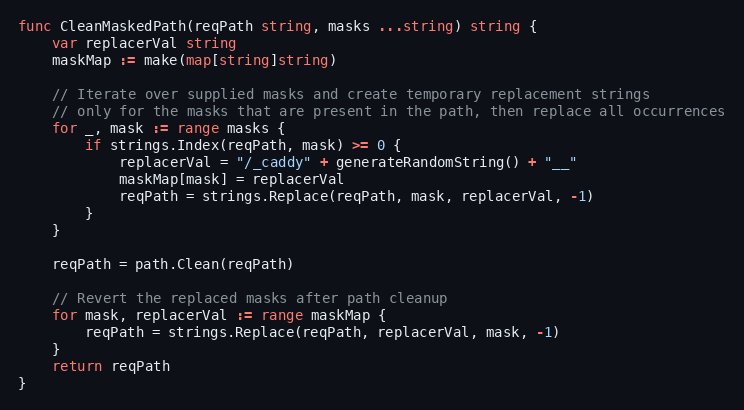
Language: Go
func CleanMaskedPath(reqPath string, masks ...string) string {
	var replacerVal string
	maskMap := make(map[string]string)

	// Iterate over supplied masks and create temporary replacement strings
	// only for the masks that are present in the path, then replace all occurrences
	for _, mask := range masks {
		if strings.Index(reqPath, mask) >= 0 {
			replacerVal = "/_caddy" + generateRandomString() + "__"
			maskMap[mask] = replacerVal
			reqPath = strings.Replace(reqPath, mask, replacerVal, -1)
		}
	}

	reqPath = path.Clean(reqPath)

	// Revert the replaced masks after path cleanup
	for mask, replacerVal := range maskMap {
		reqPath = strings.Replace(reqPath, replacerVal, mask, -1)
	}
	return reqPath
}